Annual administration report of the Civil Veterinary Department of India - 1902-1903
Year: 1902
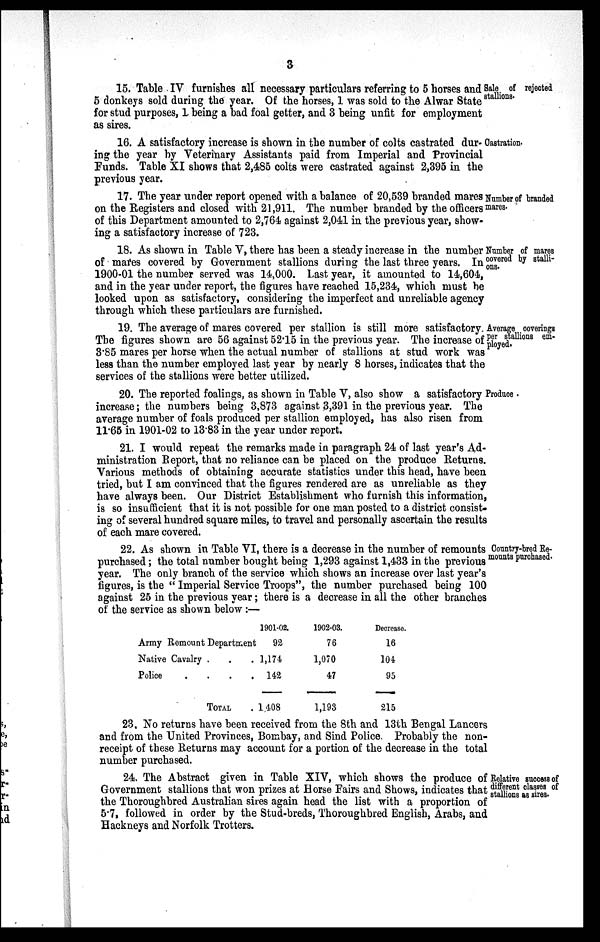
Sale of rejected
stallions.
3
15. Table IV furnishes all necessary particulars referring to 5 horses and
5 donkeys sold during the year. Of the horses, 1 was sold to the Alwar State
for stud purposes, 1 being a bad foal getter, and 3 being unfit for employment
as sires.
Castration.
16. A satisfactory increase is shown in the number of colts castrated dur-
ing the year by Veterinary Assistants paid from Imperial and Provincial
Funds. Table XI shows that 2,485 colts were castrated against 2,395 in the
previous year.
Number of branded
mares.
17. The year under report opened with a balance of 20,539 branded mares
on the Registers and closed with 21,911. The number branded by the officers
of this Department amounted to 2,764 against 2,041 in the previous year, show-
ing a satisfactory increase of 723.
Number of mares
covered by stalli-
ons.
18. As shown in Table V, there has been a steady increase in the number
of mares covered by Government stallions during the last three years. In
1900-01 the number served was 14,000. Last year, it amounted to 14,604,
and in the year under report, the figures have reached 15,234, which must be
looked upon as satisfactory, considering the imperfect and unreliable agency
through which these particulars are furnished.
Average coverings
per stallions em-
ployed.
19. The average of mares covered per stallion is still more satisfactory.
The figures shown are 56 against 52.15 in the previous year. The increase of
3.85 mares per horse when the actual number of stallions at stud work was
less than the number employed last year by nearly 8 horses, indicates that the
services of the stallions were better utilized.
Produce.
20. The reported foalings, as shown in Table V, also show a satisfactory
increase; the numbers being 3,873 against 3,391 in the previous year. The
average number of foals produced per stallion employed, has also risen from
11.65 in 1901-02 to 13.83 in the year under report.
21. I would repeat the remarks made in paragraph 24 of last year's Ad-
ministration Report, that no reliance can be placed on the produce Returns.
Various methods of obtaining accurate statistics under this head, have been
tried, but I am convinced that the figures rendered are as unreliable as they
have always been. Our District Establishment who furnish this information,
is so insufficient that it is not possible for one man posted to a district consist-
ing of several hundred square miles, to travel and personally ascertain the results
of each mare covered.
Country-bred Re¬
mounts purchased.
22. As shown in Table VI, there is a decrease in the number of remounts
purchased; the total number bought being 1,293 against 1,433 in the previous
year. The only branch of the service which shows an increase over last year's
figures, is the "Imperial Service Troops", the number purchased being 100
against 25 in the previous year; there is a decrease in all the other branches
of the service as shown below :—
Army Remount Department
Native Cavalry .
.
.
Police
.
.
.
.
TOTAL
.
1901-02.
92
1,174
142
1,408
1902-03.
76
1,070
47
1,193
Decrease.
16
104
95
215
23. No returns have been received from the 8th and 13th Bengal Lancers
and from the United Provinces, Bombay, and Sind Police. Probably the non-
receipt of these Returns may account for a portion of the decrease in the total
number purchased.
Relative success of
different classes of
stallions as sires.
24. The Abstract given in Table XIV, which shows the produce of
Government stallions that won prizes at Horse Fairs and Shows, indicates that
the Thoroughbred Australian sires again head the list with a proportion of
5.7, followed in order by the Stud-breds, Thoroughbred English, Arabs, and
Hackneys and Norfolk Trotters.